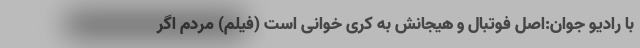
با رادیو جوان:اصل فوتبال و هیجانش به کری خوانی است (فیلم) مردم اگر